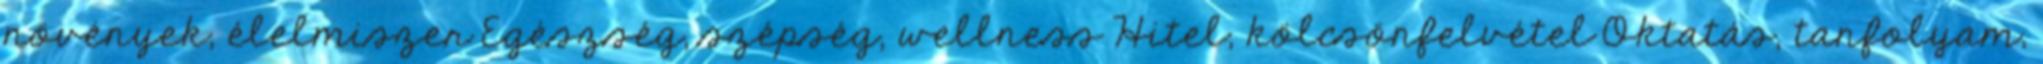
növények, élelmiszer Egészség, szépség, wellness Hitel, kölcsönfelvétel Oktatás, tanfolyam,